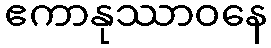
ဧကာနုဿာဝနေ